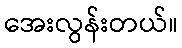
အေးလွန်းတယ်။